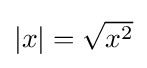
{\textstyle |x|={\sqrt {x^{2}}}}